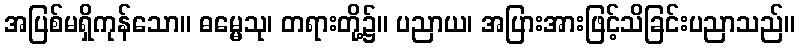
အပြစ်မရှိကုန်သော။ ဓမ္မေသု၊ တရားတို့၌။ ပညာယ၊ အပြားအားဖြင့်သိခြင်းပညာသည်။